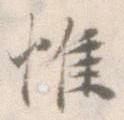
惟